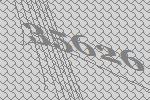
35626